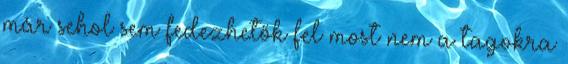
már sehol sem fedezhetők fel most nem a tagokra